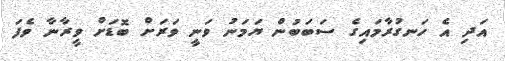
އަދި އެ ހަނގުރާމައިގެ ސަބަބުން ޔަމަނު ވަނީ ވަރަށް ބޮޑަށް ވީރާނާ ވެފަ